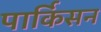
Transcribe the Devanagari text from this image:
पार्किसन